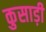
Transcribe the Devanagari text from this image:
कुसाड़ी